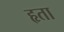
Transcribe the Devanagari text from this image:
हृता